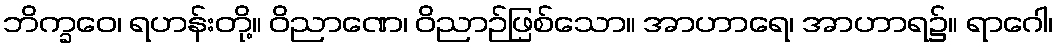
ဘိက္ခဝေ၊ ရဟန်းတို့။ ဝိညာဏေ၊ ဝိညာဉ်ဖြစ်သော။ အာဟာရေ၊ အာဟာရ၌။ ရာဂေါ၊